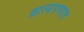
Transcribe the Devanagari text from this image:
व्रात्यपणात